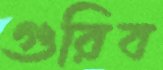
গুরিব